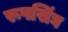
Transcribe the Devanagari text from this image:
रूपसिंघ